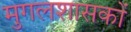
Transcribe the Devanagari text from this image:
मुगलशासकों